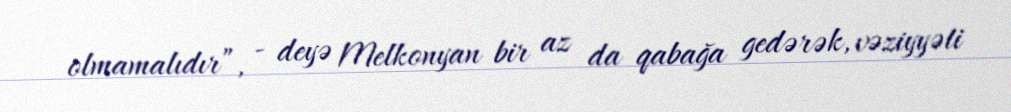
olmamalıdır”, - deyə Melkonyan bir az da qabağa gedərək, vəziyyəti